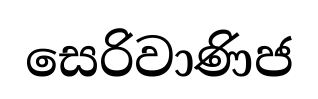
සෙරිවාණිජ